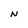
Character: N